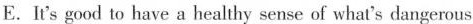
E.It's good to have a healthy sense of what's dangerous